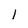
Character: 1